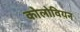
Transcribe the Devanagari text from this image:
कोलोवियन